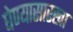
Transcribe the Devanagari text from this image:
घेण्यासारखा